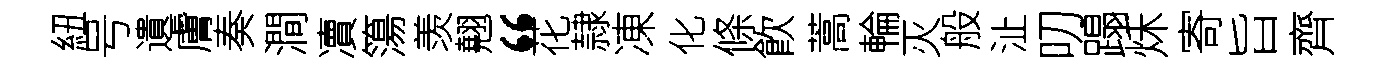
紐号遺膚奏澗凟簜羡翹“花隷凍化條飮蒿輪灭般沚叨蹋秌寄旨齊